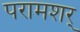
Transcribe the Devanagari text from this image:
परामशर्